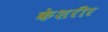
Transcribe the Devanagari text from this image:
केशरीर